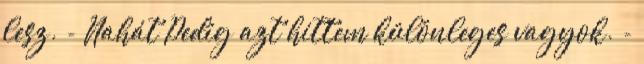
lesz. - Nahát Pedig azt hittem különleges vagyok. -